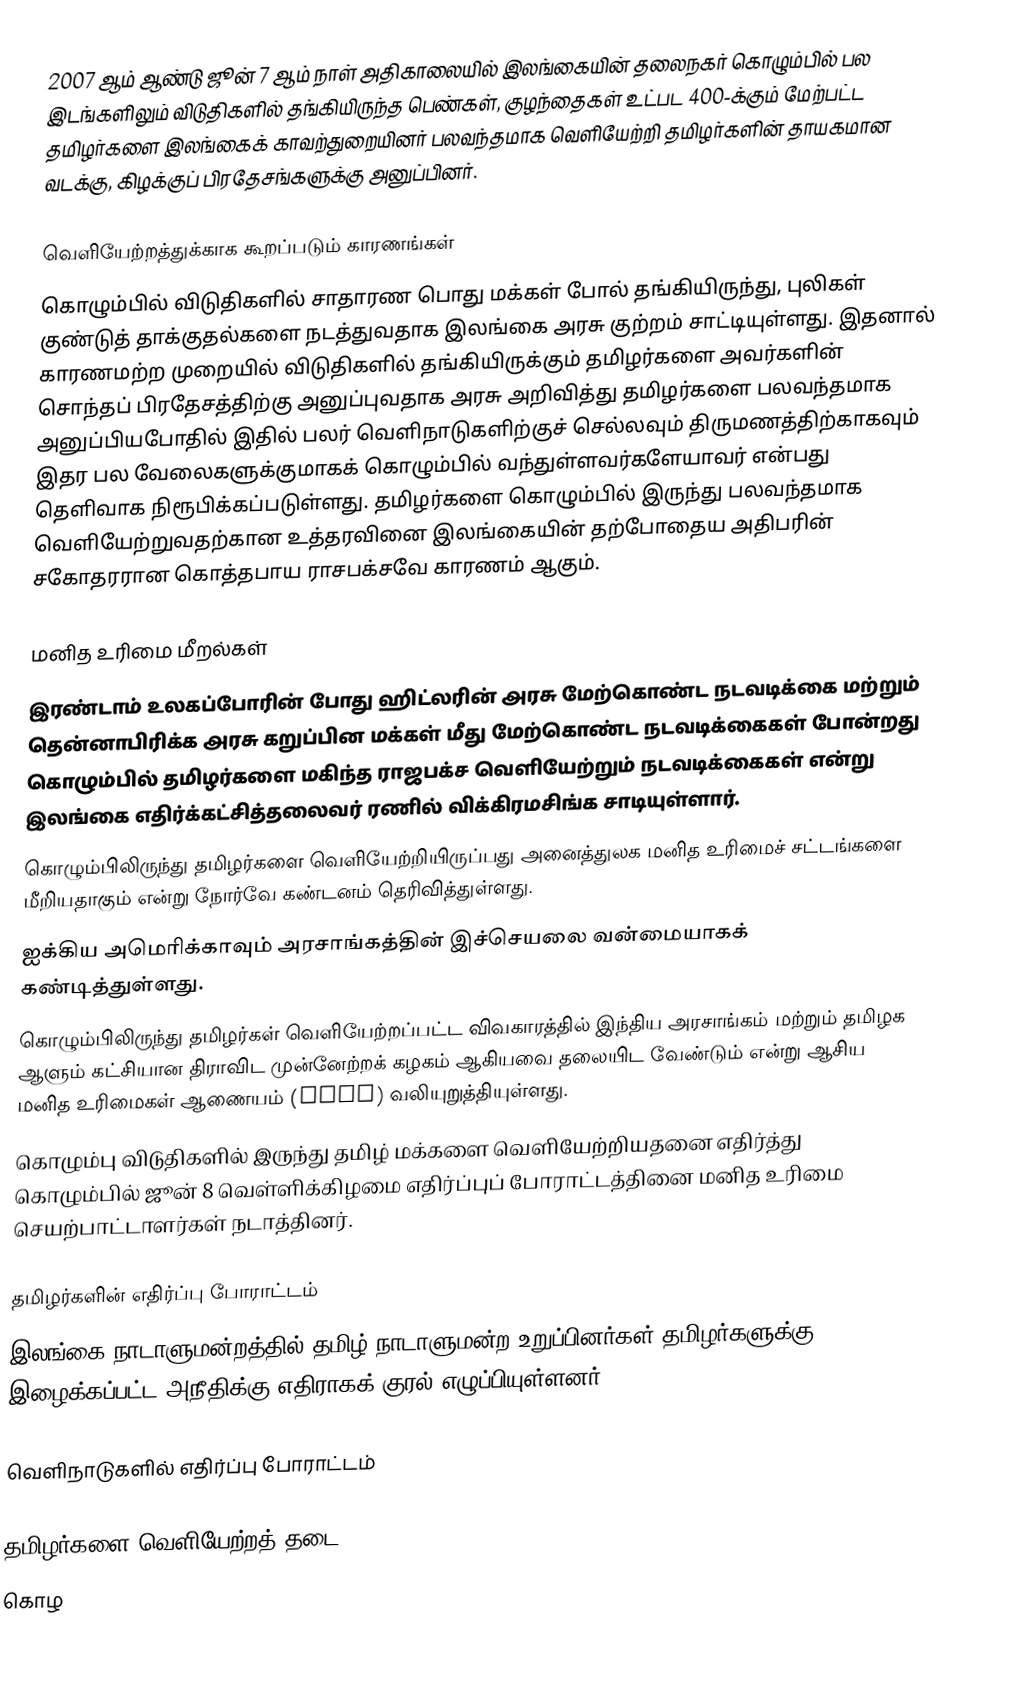
2007 ஆம் ஆண்டு ஜூன் 7 ஆம் நாள் அதிகாலையில் இலங்கையின் தலைநகர் கொழும்பில் பல இடங்களிலும் விடுதிகளில் தங்கியிருந்த பெண்கள், குழந்தைகள் உட்பட 400-க்கும் மேற்பட்ட தமிழர்களை இலங்கைக் காவற்துறையினர் பலவந்தமாக வெளியேற்றி தமிழர்களின் தாயகமான வடக்கு, கிழக்குப் பிரதேசங்களுக்கு அனுப்பினர்.

வெளியேற்றத்துக்காக கூறப்படும் காரணங்கள்
கொழும்பில் விடுதிகளில் சாதாரண பொது மக்கள் போல் தங்கியிருந்து, புலிகள் குண்டுத் தாக்குதல்களை நடத்துவதாக இலங்கை அரசு குற்றம் சாட்டியுள்ளது. இதனால் காரணமற்ற முறையில் விடுதிகளில் தங்கியிருக்கும் தமிழர்களை அவர்களின் சொந்தப் பிரதேசத்திற்கு அனுப்புவதாக அரசு அறிவித்து தமிழர்களை பலவந்தமாக அனுப்பியபோதில் இதில் பலர் வெளிநாடுகளிற்குச் செல்லவும் திருமணத்திற்காகவும் இதர பல வேலைகளுக்குமாகக் கொழும்பில் வந்துள்ளவர்களேயாவர் என்பது தெளிவாக நிரூபிக்கப்படுள்ளது. தமிழர்களை கொழும்பில் இருந்து பலவந்தமாக வெளியேற்றுவதற்கான உத்தரவினை இலங்கையின் தற்போதைய அதிபரின் சகோதரரான கொத்தபாய ராசபக்சவே காரணம் ஆகும்.

மனித உரிமை மீறல்கள்
இரண்டாம் உலகப்போரின் போது ஹிட்லரின் அரசு மேற்கொண்ட நடவடிக்கை மற்றும் தென்னாபிரிக்க அரசு கறுப்பின மக்கள் மீது மேற்கொண்ட நடவடிக்கைகள் போன்றது கொழும்பில் தமிழர்களை மகிந்த ராஜபக்ச வெளியேற்றும் நடவடிக்கைகள் என்று இலங்கை எதிர்க்கட்சித்தலைவர் ரணில் விக்கிரமசிங்க சாடியுள்ளார்.
கொழும்பிலிருந்து தமிழர்களை வெளியேற்றியிருப்பது அனைத்துலக மனித உரிமைச் சட்டங்களை மீறியதாகும் என்று நோர்வே கண்டனம் தெரிவித்துள்ளது.
 ஐக்கிய அமெரிக்காவும் அரசாங்கத்தின் இச்செயலை வன்மையாகக் கண்டித்துள்ளது.
கொழும்பிலிருந்து தமிழர்கள் வெளியேற்றப்பட்ட விவகாரத்தில் இந்திய அரசாங்கம் மற்றும் தமிழக ஆளும் கட்சியான திராவிட முன்னேற்றக் கழகம் ஆகியவை தலையிட வேண்டும் என்று ஆசிய மனித உரிமைகள் ஆணையம் (ACHR) வலியுறுத்தியுள்ளது.
கொழும்பு விடுதிகளில் இருந்து தமிழ் மக்களை வெளியேற்றியதனை எதிர்த்து கொழும்பில் ஜூன் 8 வெள்ளிக்கிழமை எதிர்ப்புப் போராட்டத்தினை மனித உரிமை செயற்பாட்டாளர்கள் நடாத்தினர்.

தமிழர்களின் எதிர்ப்பு போராட்டம்
இலங்கை நாடாளுமன்றத்தில் தமிழ் நாடாளுமன்ற உறுப்பினர்கள் தமிழர்களுக்கு இழைக்கப்பட்ட அநீதிக்கு எதிராகக் குரல் எழுப்பியுள்ளனர்.

வெளிநாடுகளில் எதிர்ப்பு போராட்டம்

தமிழர்களை வெளியேற்றத் தடை
கொழ